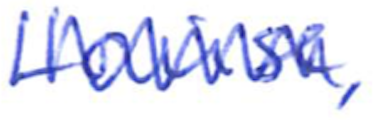
Text: Louise,
Cross-out: zig-zag
Writing tool: ballpoint